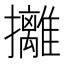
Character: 攡